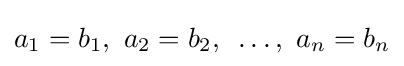
a_{1}=b_{1},{\text{ }}a_{2}=b_{2},{\text{ }}\ldots ,{\text{ }}a_{n}=b_{n}